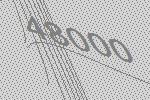
48000